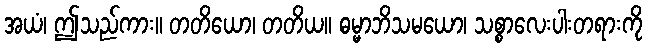
အယံ၊ ဤသည်ကား။ တတိယော၊ တတိယ။ ဓမ္မာဘိသမယော၊ သစ္စာလေးပါးတရားကို